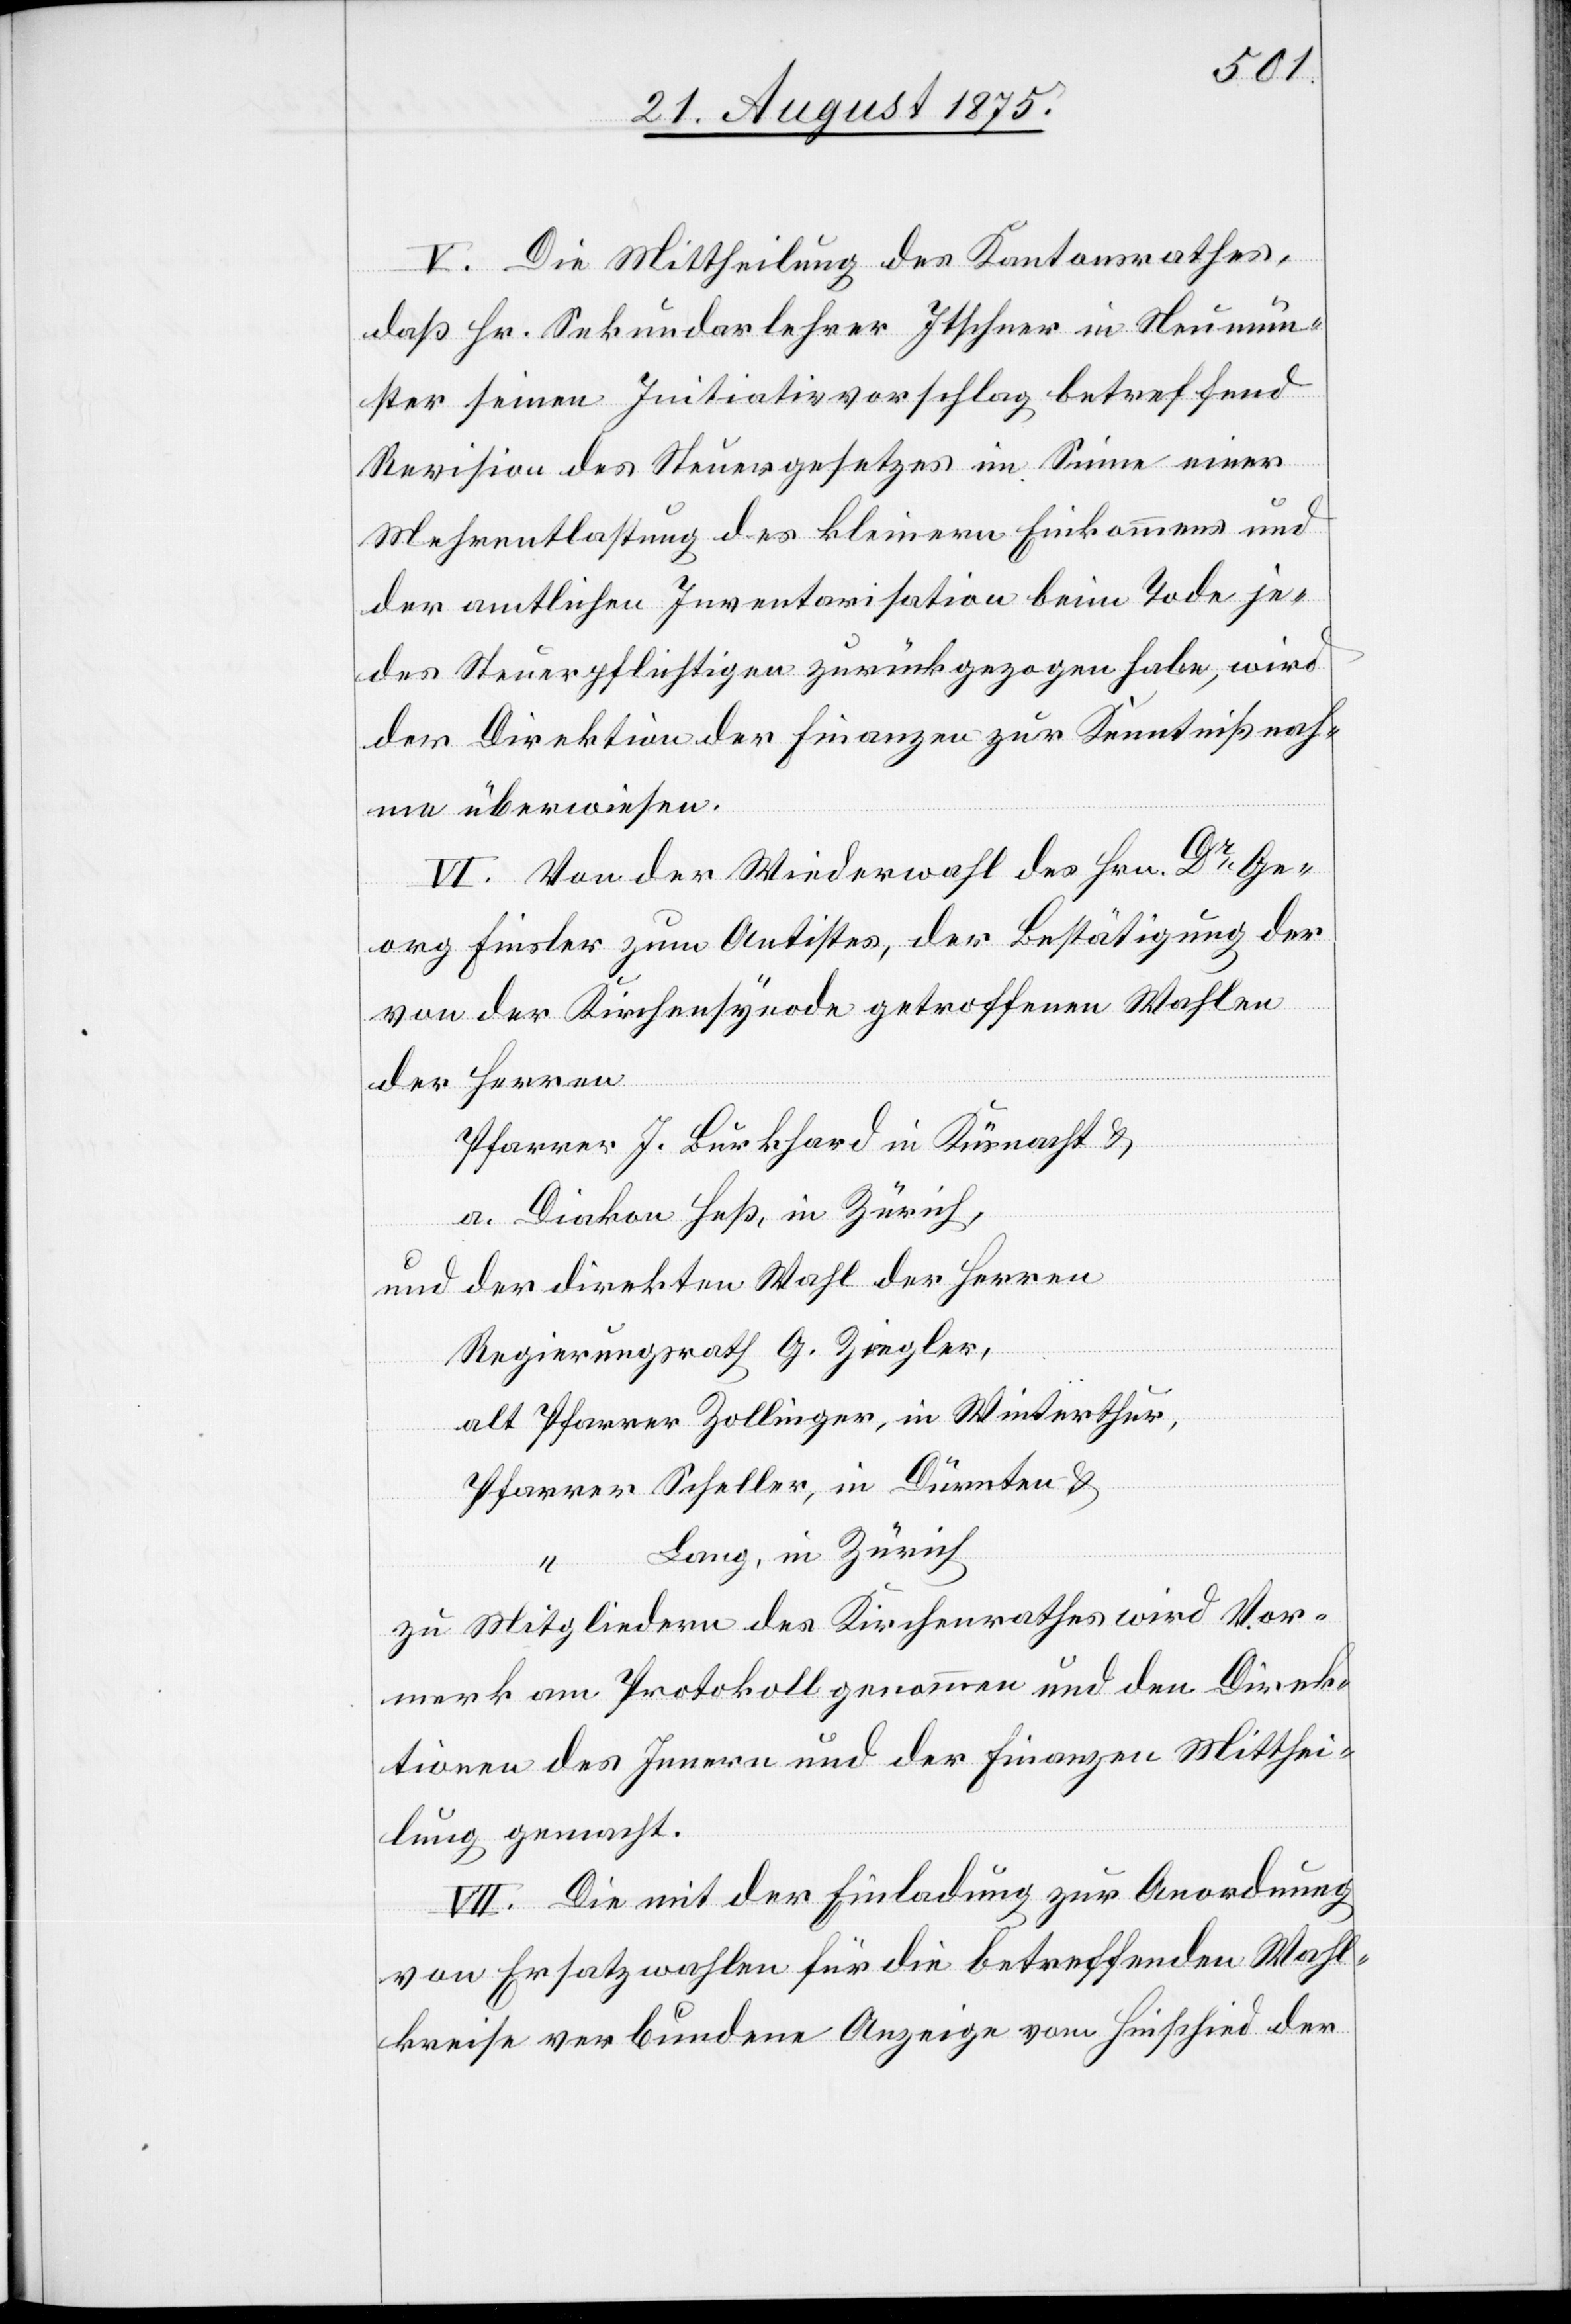
V. Die Mittheilung des Kantonsrathes,
daß Hr. Sekundarlehrer Itschner in Neumün¬
ster seinen Initiativvorschlag betreffend
Revision des Steuergesetzes im Sinne einer
Mehrentlastung des kleinern Einkommens und
der amtlichen Inventarisation beim Tode je¬
des Steuerpflichtigen zurückgezogen habe, wird
der Direktion der Finanzen zur Kenntnißnah¬
me überwiesen.
VI. Von der Wiederwahl des Hrn. Dr Ge¬
org Finsler zum Antistes, der Bestätigung der
von der Kirchensynode getroffenen Wahlen
der Herren
Pfarrer J. Burkhard in Küsnacht &
a. Diakon Heß, in Zürich,
und der direkten Wahl der Herren
Regierungsrath G. Ziegler,
alt Pfarrer Zollinger, in Winterthur,
Pfarrer Scheller, in Dürnten &
Lang, in Zürich
zu Mitgliedern des Kirchenrathes wir Vor¬
merk am Protokoll genommen und den Direk¬
tionen des Innern und der Finanzen Mitthei¬
lung gemacht.
VII. Die mit der Einladung zur Anordnung
von Ersatzwahlen für die betreffenden Wahl¬
kreise verbundene Anzeige vom Hinschied der